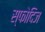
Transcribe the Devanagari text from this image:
स्फोदिज